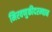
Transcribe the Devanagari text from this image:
मिरवणुकीदरम्यान